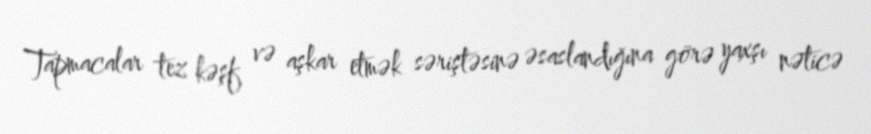
Tapmacalar tez kəşf və aşkar etmək səriştəsinə əsaslandığına görə yaxşı nəticə